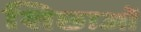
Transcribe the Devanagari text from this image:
शिछाओं